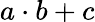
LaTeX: a\cdot b+c